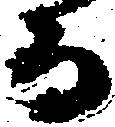
而